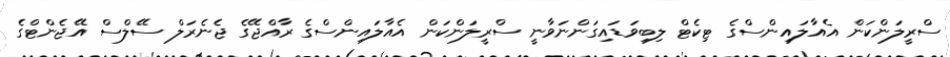
ސްރީލަންކަން އެއާލައިންސްގެ ޓިކެޓް ލިބިވަޑައިގަންނަވާނީ ސްރީލަންކަން އެެއާލައިންސްގެ ރާއްޖޭގެ ޖެނެރަލް ސޭލްސް އޭޖެންޓްގެ